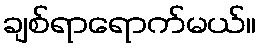
ချစ်ရာရောက်မယ်။